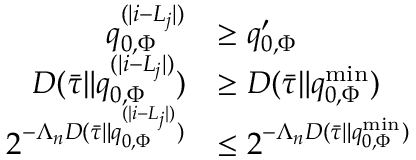
\begin{array} { r l } { q _ { 0 , \Phi } ^ { ( | i - L _ { j } | ) } } & { \ge q _ { 0 , \Phi } ^ { \prime } } \\ { D ( \bar { \tau } \| q _ { 0 , \Phi } ^ { ( | i - L _ { j } | ) } ) } & { \ge D ( \bar { \tau } \| q _ { 0 , \Phi } ^ { \mathrm { m i n } } ) } \\ { 2 ^ { - \Lambda _ { n } D ( \bar { \tau } \| q _ { 0 , \Phi } ^ { ( | i - L _ { j } | ) } ) } } & { \le 2 ^ { - \Lambda _ { n } D ( \bar { \tau } \| q _ { 0 , \Phi } ^ { \mathrm { m i n } } ) } } \end{array}